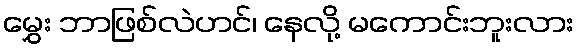
မွှေး ဘာဖြစ်လဲဟင်၊ နေလို့ မကောင်းဘူးလား